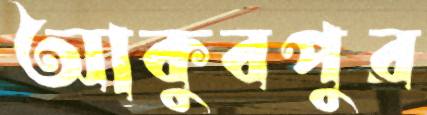
আকুবপুর